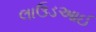
લાઉડઆઈ